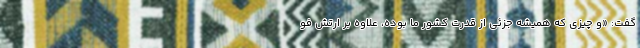
گفت: «و چیزی که همیشه جزئی از قدرت کشور ما بوده، علاوه بر ارتش فو